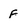
Character: F